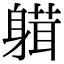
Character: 𨉴